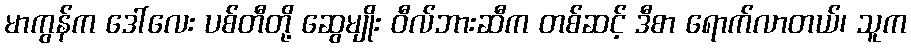
မာကွန်က ဒေါ်လေး ပစ်တီတို့ ဆွေမျိုး ဝီလ်ဘားဆီက တစ်ဆင့် ဒီစာ ရောက်လာတယ်၊ သူက